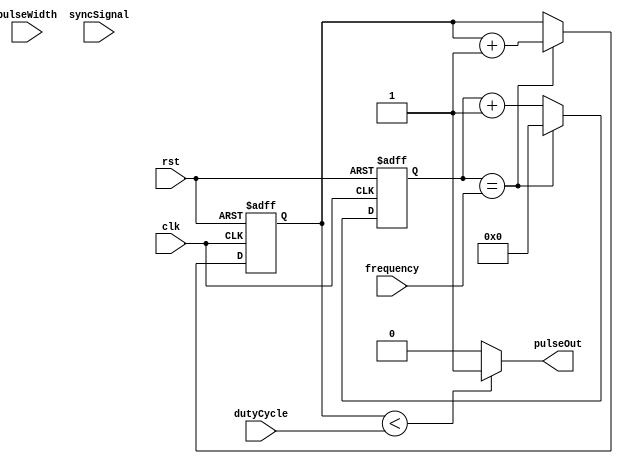
module ProgrammablePulseGenerator (
    input wire clk,
    input wire rst,
    input wire [7:0] pulseWidth,
    input wire [7:0] dutyCycle,
    input wire [15:0] frequency,
    input wire syncSignal,
    output wire pulseOut
);

reg [15:0] count;
reg [15:0] pulseCount;
reg pulseSync;

always @ (posedge clk or posedge rst) begin
    if (rst) begin
        count <= 0;
        pulseCount <= 0;
        pulseSync <= 0;
    end else begin
        if (count == frequency) begin
            count <= 0;
            pulseCount <= pulseCount + 1;
            pulseSync <= syncSignal;
        end else begin
            count <= count + 1;
        end
    end
end

assign pulseOut = pulseCount < dutyCycle ? 1'b1 : 1'b0;

endmodule